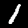
Digit: 1